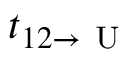
t _ { 1 2 \rightarrow \mathrm { ~ U ~ } }